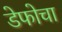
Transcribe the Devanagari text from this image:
डेफोचा